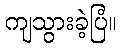
ကျသွားခဲ့ပြံ။